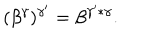
( \beta ^ { \gamma } ) ^ { \gamma ^ { \prime } } = \beta ^ { \gamma ^ { \prime } * \gamma } .